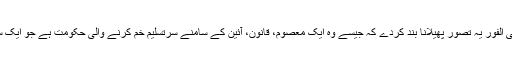
سب سے پہلا قدم تو یہ ہے کہ فی الفور یہ تصور پھیلانا بند کردے کہ جیسے وہ ایک معصوم، قانون، آئین کے سامنے سرتسلیم خم کرنے والی حکومت ہے جو ایک سرکش طاقت سے نبرد آزما ہے۔